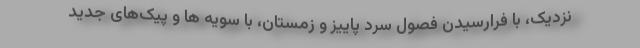
نزدیک، با فرارسیدن فصول سرد پاییز و زمستان، با سویه ها و پیک‌های جدید